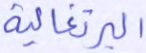
البرتغالية